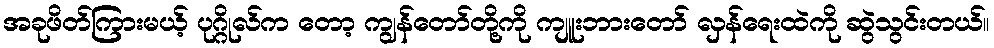
အခုဖိတ်ကြားမယ့် ပုဂ္ဂိုလ်က တော့ ကျွန်တော်တို့ကို ကျူးဘားတော် လှန်ရေးထဲကို ဆွဲသွင်းတယ်။